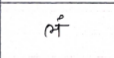
मजकूर: लं